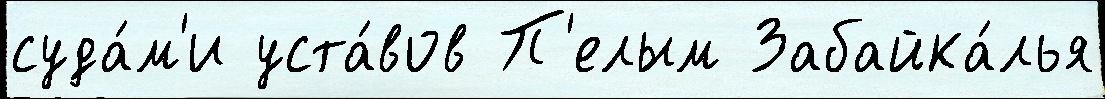
суда́м'и уста́вов П'елым Забайка́лья